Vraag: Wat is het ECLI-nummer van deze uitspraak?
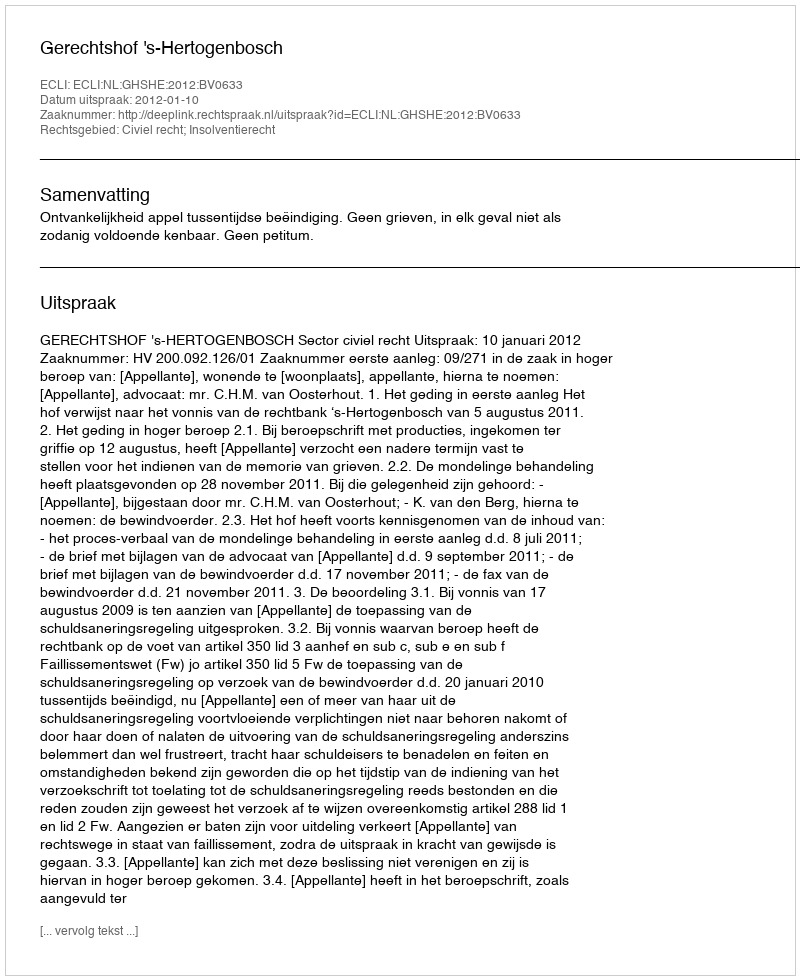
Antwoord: ECLI:NL:GHSHE:2012:BV0633